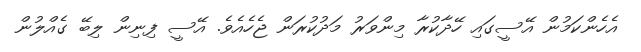
އެހެންކަމުން އޭސީގައި ހޭދާކުރާ މިންވަރު މަދުކުރަން ޖެހެއެވެ. އޭސީ ފިނިން ލިބޭ ގެއްލުން